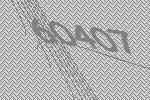
60407